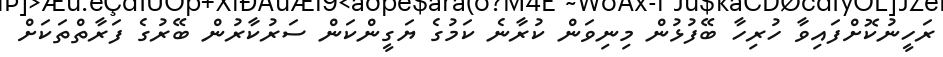
ރަހީނުކޮށްފައިވާ ހުރިހާ ބޭފުޅުން މިނިވަން ކުރާނެ ކަމުގެ ޔަގީންކަން ސަރުކާރުން ބޭރުގެ ފަރާތްތަކަށް